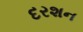
દરશન